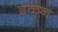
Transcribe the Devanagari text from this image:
इकन